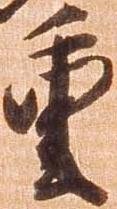
重